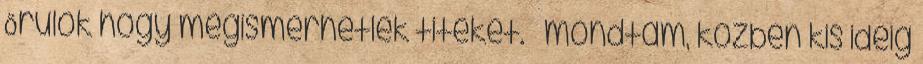
Örülök hogy megismerhetlek titeket. – mondtam, közben kis ideig